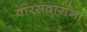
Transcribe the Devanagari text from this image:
वारसदारांना